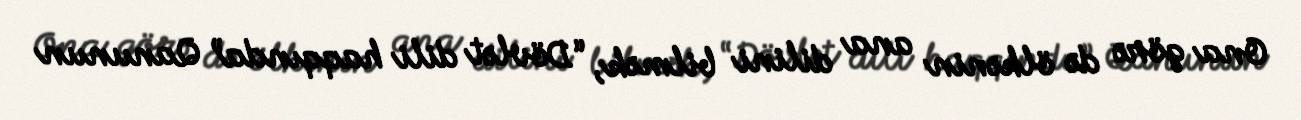
Ona görə də ölkənin ana dilini bilmək, “Dövlət dili haqqında” Qanunun